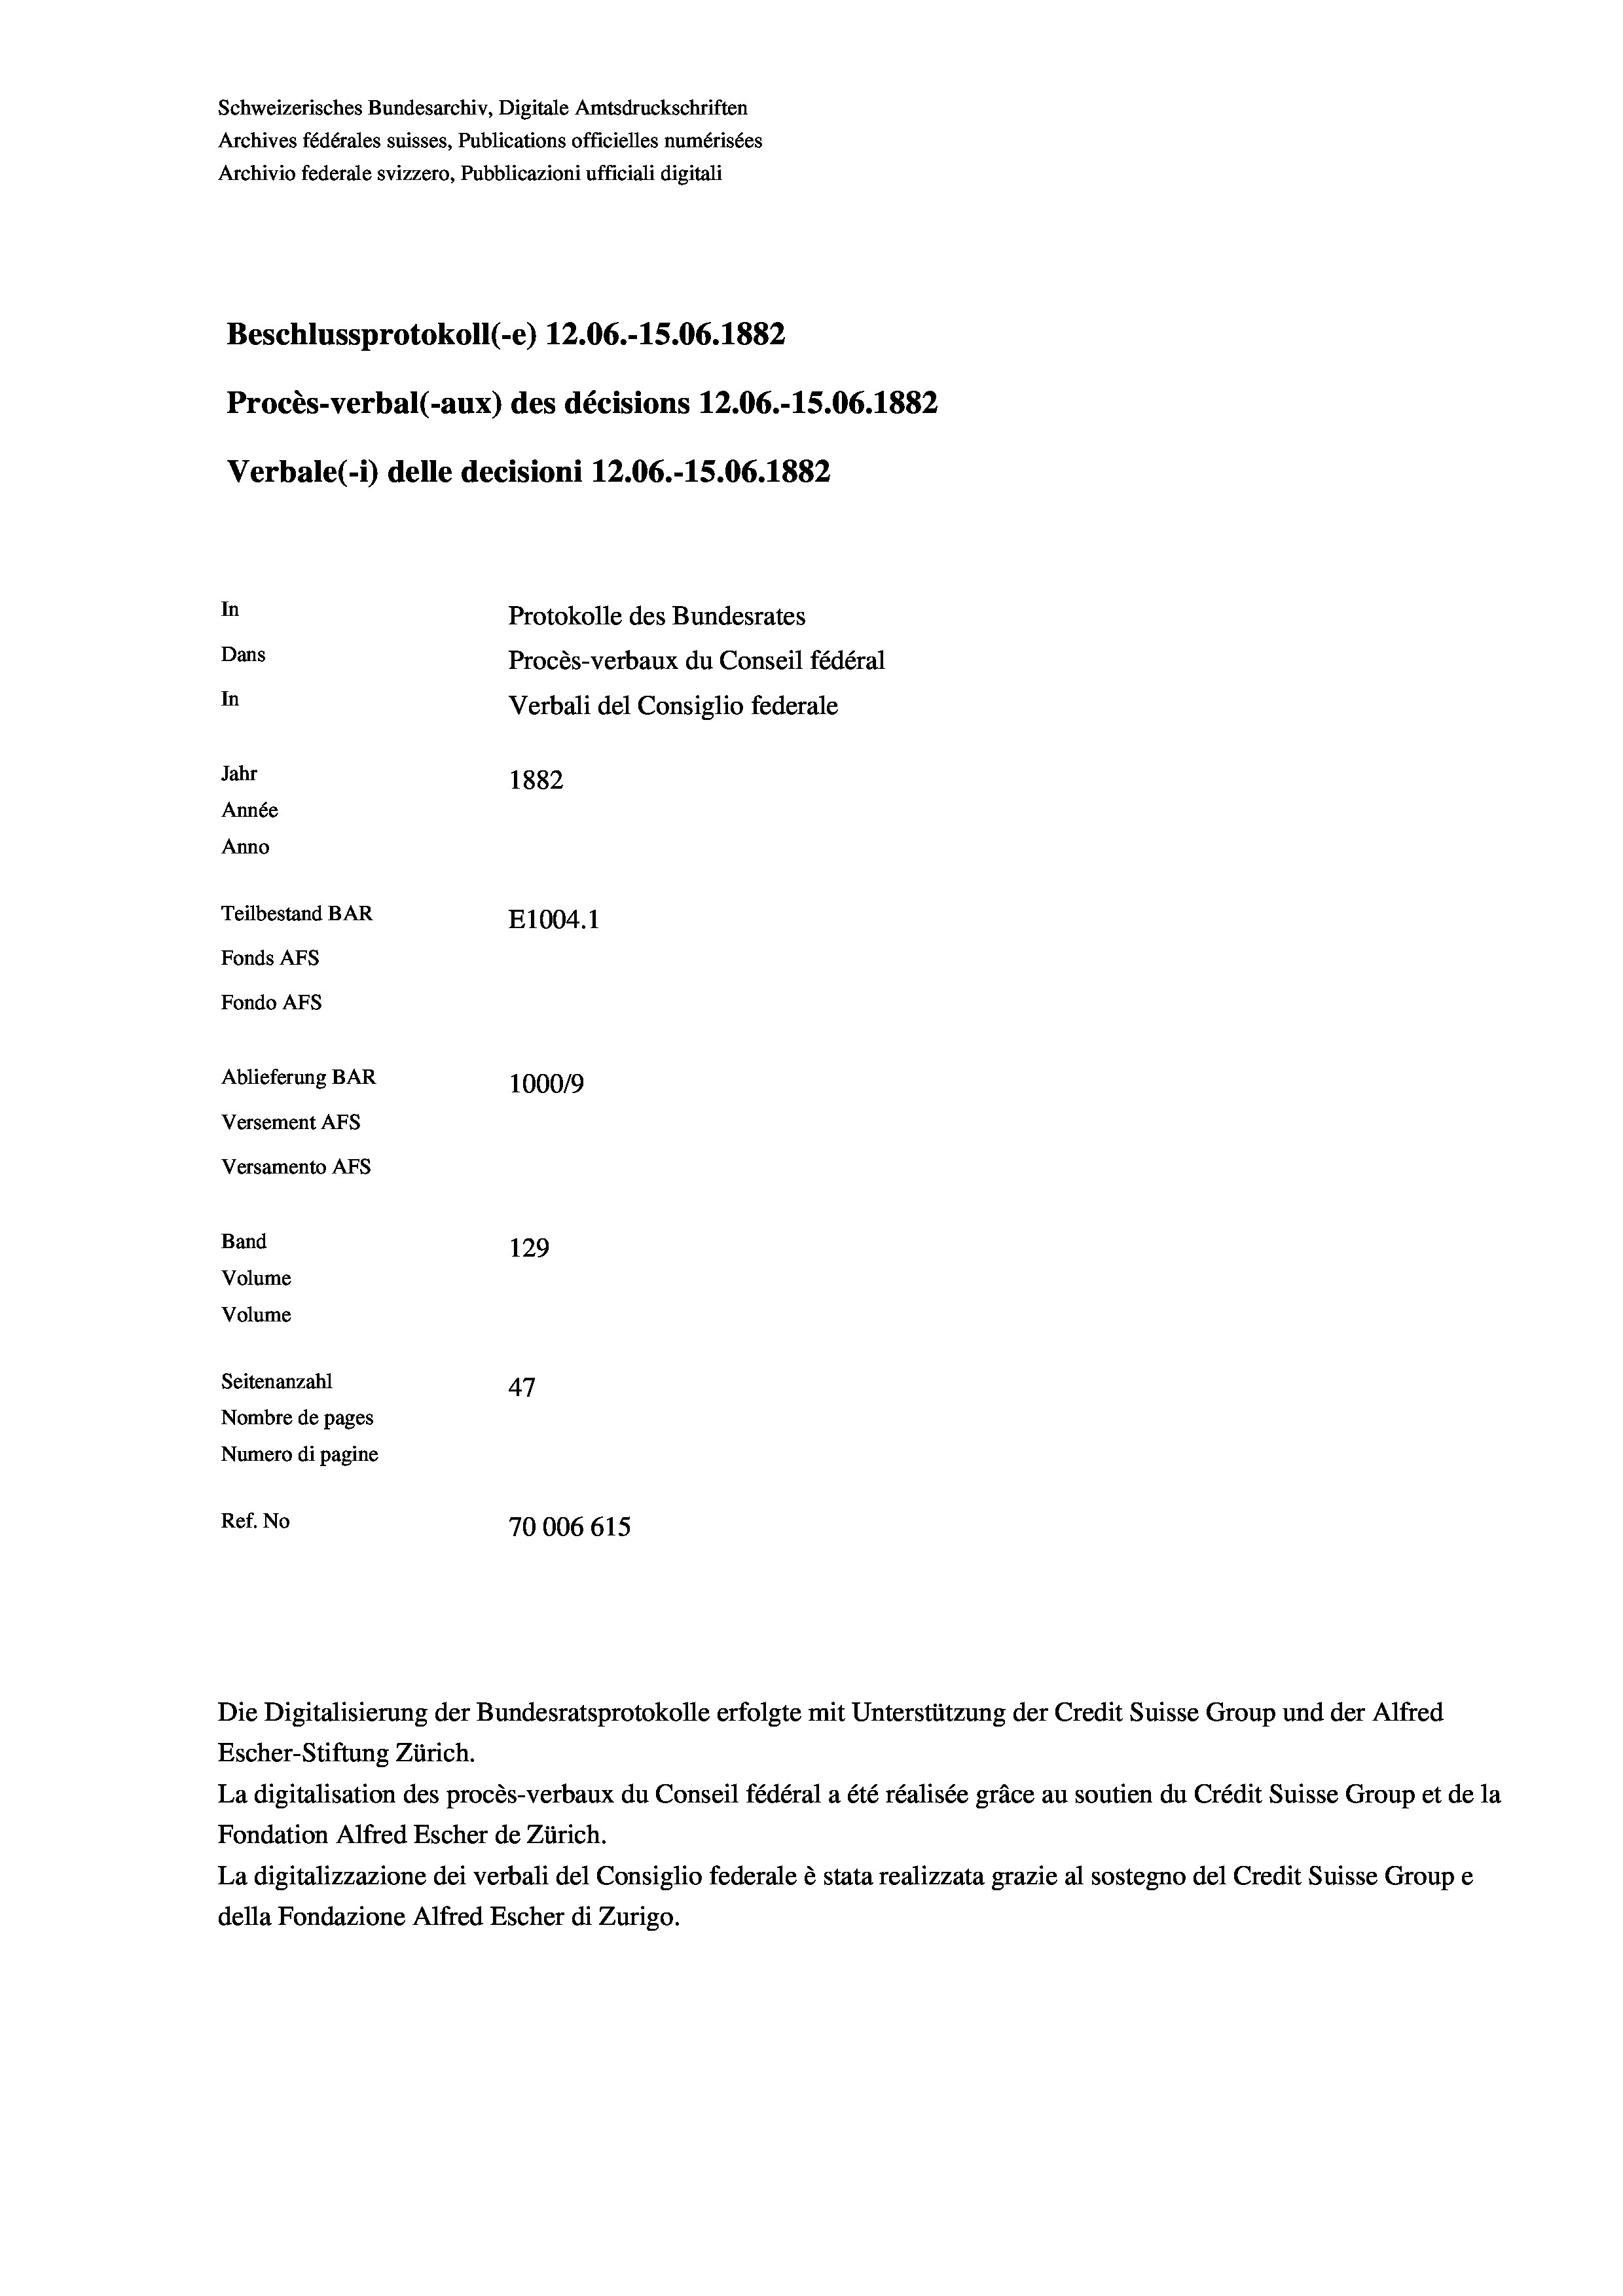
Schweizerisches Bundesarchiv, Digitale Amtsdruckschriften
Archives fédérales suisses, Publications officielles numérisées
Archivio federale svizzero, Pubblicazioni ufficiali digitali
Beschlussprotokoll (-e) 12.06.-15.06. 1882
Procès-verbal (-aux) des décisions 12.06.-15.06. 1882
Verbale (1) delle decisioni 12.06.-15.06. 1882
In
Protokolle des Bundesrates
Dans
Procès-verbaux du Conseil fédéral
In
Verbali del Consiglio federale
Jahr
1882
Année
Anno
Teilbestand BAR
E1004. 1
Fonds AFs
Fondo Afs
Ablieferung BAR
100019
Versement AFs
Versamento Afs

129
Seitenanzahl
47
Nombre de pages
Numero di pagine
Ref. No
70006615

Band
Volume
Volume

Die Digitalisierung der Bundesratsprotokolle erfolgte mit Unterstützung der Credit Suisse Group und der Alfred

Escher-Stiftung Zürich.
La digitalisation des procès-verbaux du Conseil fédéral a été réalisée gräce au soutien du Crédit Suisse Group et de la
Fondation Alfred Escher de Zürich.
La digitalizzazione dei verbali del Consiglio federale è stata realizzata grazie al sostegno del Credit Suisse Groupe
della Fondazione Alfred Escher di Zurigo.